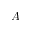
A